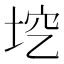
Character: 𡋉